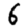
Digit: 6